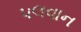
પલવાન